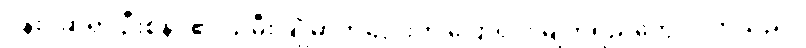
ပန်းပဲဆရာ ဦးစိန်ဝ၏ သမီး ချိုမာကလေးက ပြောရင်း မျက်ရည်တွေ ဝဲလာသည်။